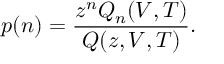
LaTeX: p ( n ) = \frac { z ^ { n } Q _ { n } ( V , T ) } { { \cal Q } ( z , V , T ) } .